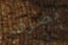
نصرف